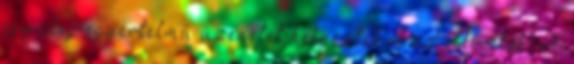
egy elég egyértelmű üzenetet helyeztek el az elkövetők. A